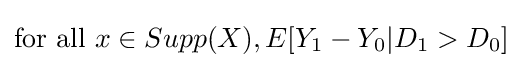
{\text{for all }}x\in Supp(X),E[Y_{1}-Y_{0}|D_{1}>D_{0}]